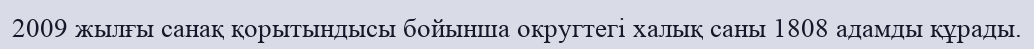
2009 жылғы санақ қорытындысы бойынша округтегі халық саны 1808 адамды құрады.